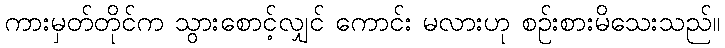
ကားမှတ်တိုင်က သွားစောင့်လျှင် ကောင်း မလားဟု စဉ်းစားမိသေးသည်။